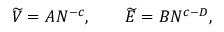
\widetilde V = A N ^ { - c } , \qquad \widetilde E = B N ^ { c - D } ,